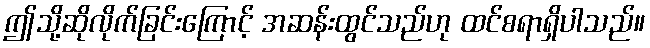
ဤသို့ဆိုလိုက်ခြင်းကြောင့် အဆန်းထွင်သည်ဟု ထင်စရာရှိပါသည်။